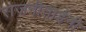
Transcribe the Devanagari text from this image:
राजनीताईनी